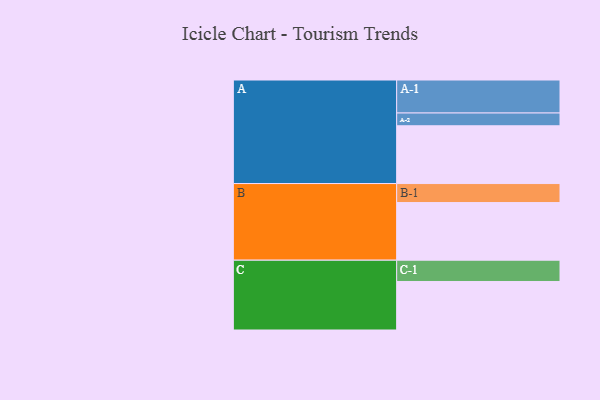
{"axis": {"x": "Segment", "y": "Value"}, "legend": ["", "A", "B", "C"], "data": [{"x": "A", "y": 380, "type": ""}, {"x": "B", "y": 379, "type": ""}, {"x": "C", "y": 319, "type": ""}, {"x": "A-1", "y": 217, "type": "A"}, {"x": "A-2", "y": 84, "type": "A"}, {"x": "B-1", "y": 125, "type": "B"}, {"x": "C-1", "y": 140, "type": "C"}]}